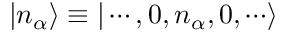
| n _ { \alpha } \rangle \equiv | \cdots , 0 , n _ { \alpha } , 0 , \cdots \rangle